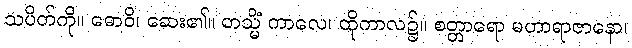
သပိတ်ကို။ ဓောဝိ၊ ဆေး၏။ တသ္မိံ ကာလေ၊ ထိုကာလ၌။ စတ္တာရော မဟာရာဇာနော၊